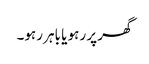
گھر پر رہو یا باہر رہو۔